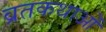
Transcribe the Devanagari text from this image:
व्रतकथाओं